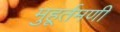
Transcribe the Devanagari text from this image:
मुहूर्तमणी